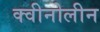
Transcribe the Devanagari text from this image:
क्वीनोलीन